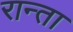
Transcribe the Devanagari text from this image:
रान्ता